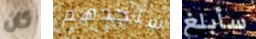
كان سنجدهم سأبلغ